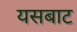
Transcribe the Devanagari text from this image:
यसबाट